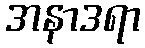
အနာဒရာ